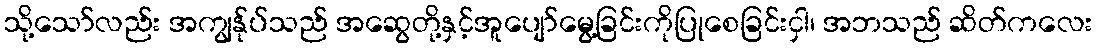
သို့သော်လည်း အကျွန်ုပ်သည် အဆွေတို့နှင့်အူပျော်မွေ့ခြင်းကိုပြုစေခြင်းငှါ၊ အဘသည် ဆိတ်ကလေး